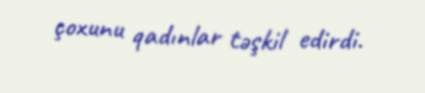
çoxunu qadınlar təşkil edirdi.